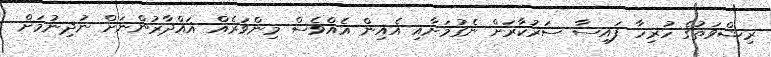
ރިޝްވަތުގެ ހުރިހާ ފައިސާ ސަރުކާރަށް ނެގުމަށާއި އެއިން އެއްވެސް މިންވަރެއް ޣައްދާރުންނަށް ނުދިނުމަށް